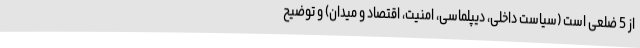
از 5 ضلعی است (سیاست داخلی، دیپلماسی، امنیت، اقتصاد و میدان) و توضیح